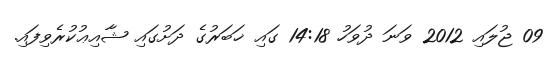
09 ޖުލައި 2012 ވަނަ ދުވަހު 14:18 ގައި ޚަބަރުގެ ދަށުގައި ޝާއިޢުކުރެވިފައި.